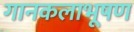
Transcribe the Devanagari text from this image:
गानकलाभूषण